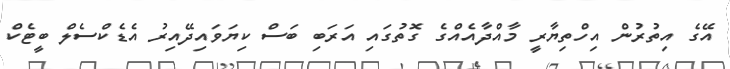
އޭގެ އިތުރުން އިހްތިޔާރީ މާއްދާއެއްގެ ގޮތުގައި އަރަބި ބަސް ކިޔަވައިދޭއިރު އެޑެކްސެލް ބީޓެކް